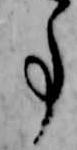
事